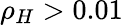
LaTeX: \rho_{H}>0.01